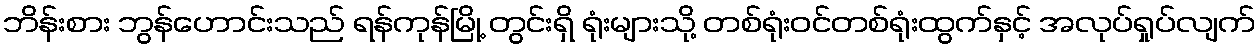
ဘိန်းစား ဘွန်ဟောင်းသည် ရန်ကုန်မြို့ တွင်းရှိ ရုံးများသို့ တစ်ရုံးဝင်တစ်ရုံးထွက်နှင့် အလုပ်ရှုပ်လျက်